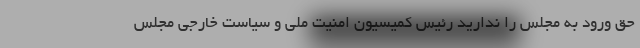
حق ورود به مجلس را ندارید رئیس کمیسیون امنیت ملی و سیاست خارجی مجلس